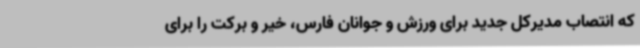
که انتصاب مدیرکل جدید برای ورزش و جوانان فارس، خیر و برکت را برای